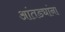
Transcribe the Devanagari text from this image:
आंतड्यांना